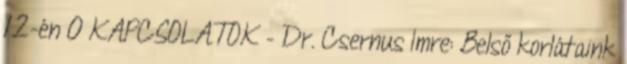
12-én 0 KAPCSOLATOK – Dr. Csernus Imre: Belső korlátaink